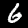
Digit: 6